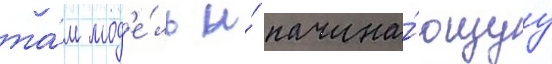
та́м мод'е́ль и́ начина́ющуу